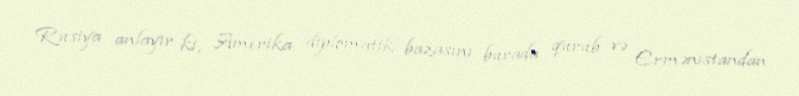
Rusiya anlayır ki, Amerika diplomatik bazasını burada qurub və Ermənistandan